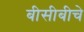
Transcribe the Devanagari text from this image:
बीसीबीचे